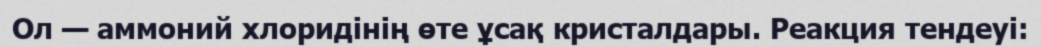
Ол — аммоний хлоридінің өте ұсақ кристалдары. Реакция тендеуі: